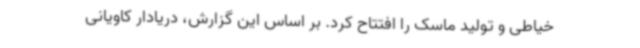
خیاطی و تولید ماسک را افتتاح کرد. بر اساس این گزارش، دریادار کاویانی